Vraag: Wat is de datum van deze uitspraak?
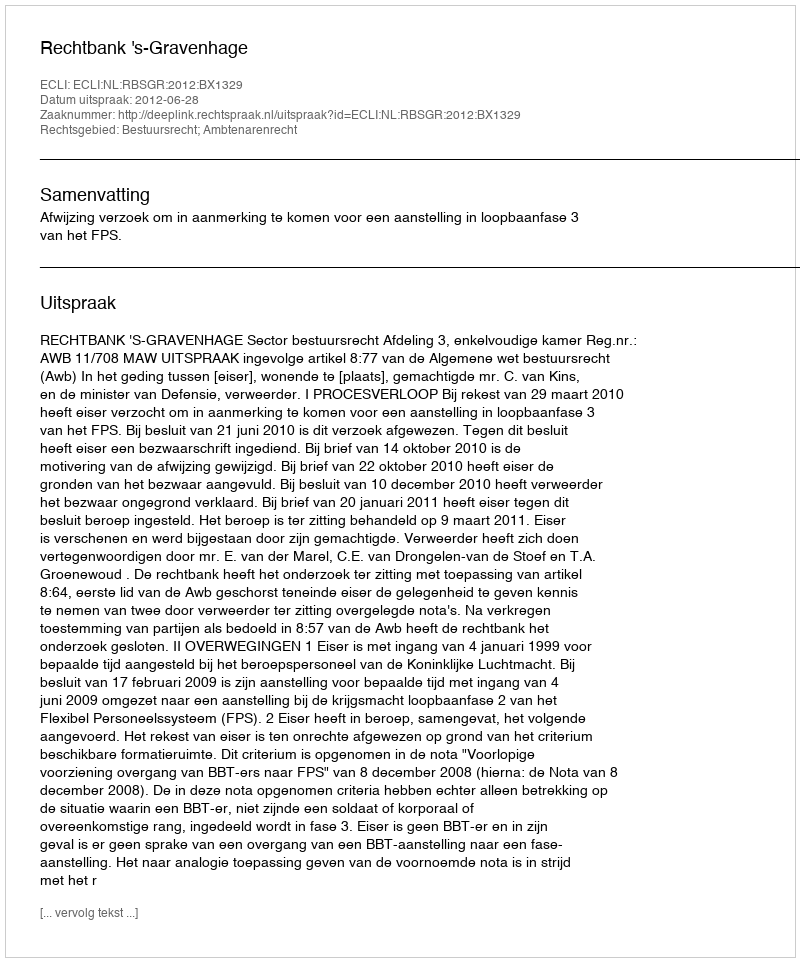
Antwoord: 2012-06-28